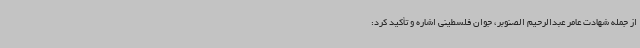
از جمله شهادت عامر عبدالرحیم الصنوبر، جوان فلسطینی اشاره و تأکید کرد: